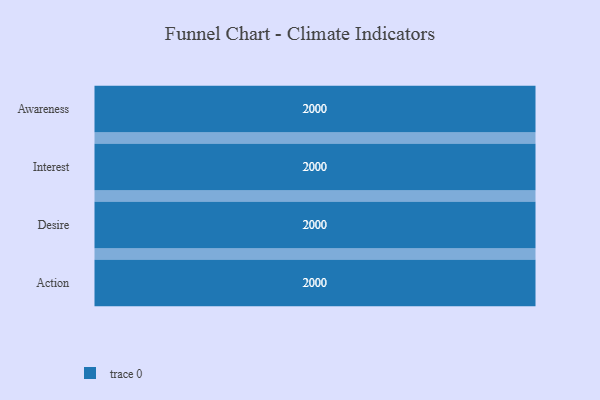
{"axis": {"x": "Stage", "y": "Value"}, "legend": [""], "data": [{"x": "Awareness", "y": 2000, "type": ""}, {"x": "Interest", "y": 2000, "type": ""}, {"x": "Desire", "y": 2000, "type": ""}, {"x": "Action", "y": 2000, "type": ""}]}